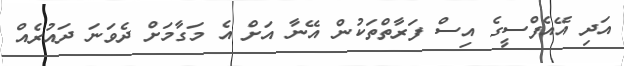
އަދި އޭއެފްސީގެ އިސް ފަރާތްތަކުން އޭނާ އަށް އެ މަގާމަށް ދެވަނަ ދައުރެއް